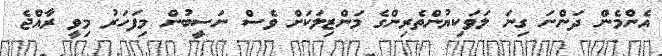
އެންމެން ދަންނަ ގިނަ ލަވަކިޔުންތެރިންގެ މަންޒިލަކަށް ވެސް ނަސީބުން މިފަހަރު މިވީ ރާއްޖެ